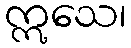
ဣသေ၊